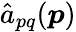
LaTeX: {\hat{a}}_{pq}(\boldsymbol{p})